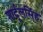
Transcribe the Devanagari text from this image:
शार्दूलसिंह